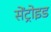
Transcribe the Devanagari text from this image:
सेंट्रोइड